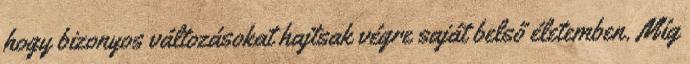
hogy bizonyos változásokat hajtsak végre saját belső életemben. Míg